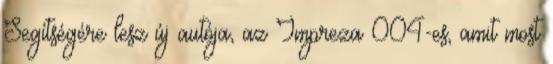
Segítségére lesz új autója, az Impreza 004-es, amit most